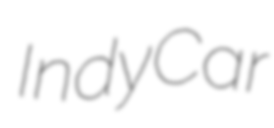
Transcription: IndyCar